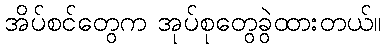
အိပ်စင်တွေက အုပ်စုတွေခွဲထားတယ်။